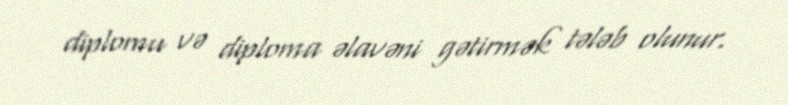
diplomu və diploma əlavəni gətirmək tələb olunur.